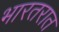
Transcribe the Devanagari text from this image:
भारतरात